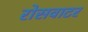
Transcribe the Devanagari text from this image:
रोसवाटर